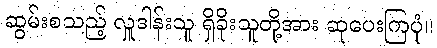
ဆွမ်းစသည့် လှူဒါန်းသူ ရှိခိုးသူတို့အား ဆုပေးကြပုံ။